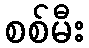
စစ်မီး